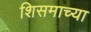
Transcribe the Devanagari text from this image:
शिसमाच्या